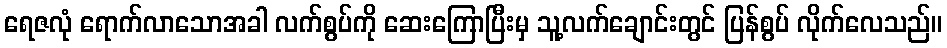
ရေဇလုံ ရောက်လာသောအခါ လက်စွပ်ကို ဆေးကြောပြီးမှ သူ့လက်ချောင်းတွင် ပြန်စွပ် လိုက်လေသည်။